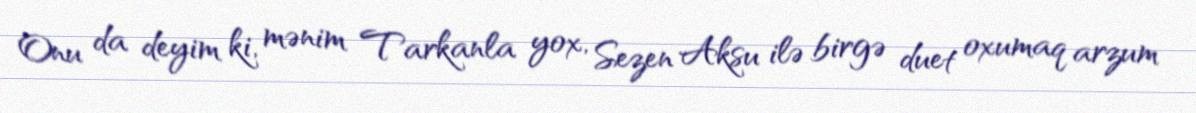
Onu da deyim ki, mənim Tarkanla yox, Sezen Aksu ilə birgə duet oxumaq arzum